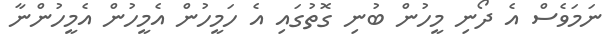
ނަމަވެސް އެ ދޯނި މީހުން ބުނި ގޮތުގައި އެ ހަމީހުން އެމީހުން އެމީހުންނާ